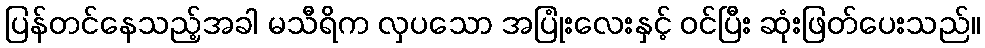
ပြန်တင်နေသည့်အခါ မသီရိက လှပသော အပြုံးလေးနှင့် ဝင်ပြီး ဆုံးဖြတ်ပေးသည်။